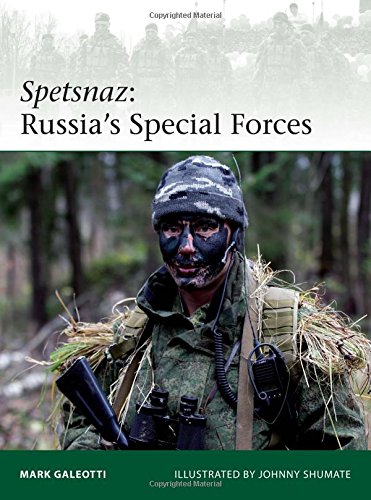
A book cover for Spetsnaz: Russia's Special Forces (Elite); Mark Galeotti; Arts & Photography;